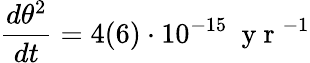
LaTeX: \frac{d\theta^{2}}{dt}=4(6)\cdot 10^{-15}\ \mathrm{~y~r~}^{-1}